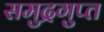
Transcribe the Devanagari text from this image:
समुद्रगुप्‍त